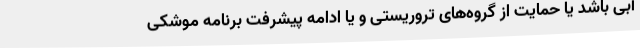
آبی باشد یا حمایت از گروه‌های تروریستی و یا ادامه پیشرفت برنامه موشکی